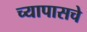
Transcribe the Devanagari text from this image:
च्यापासचे